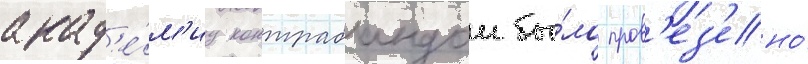
акад'е́м'иу контрабандои бы́ло пров'ез'ено́